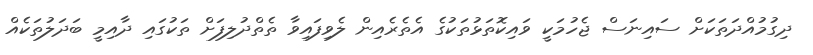
ދިގުމުއްދަތަކަށް ސައިނަސް ޖެހުމަކީ ވައިކޮތަޅުތަކުގެ އެތެރެއިން ލެވިފައިވާ ތެތްދުލިފަށް ތަކުގައި ދާއިމީ ބަދަލުތަކެއް